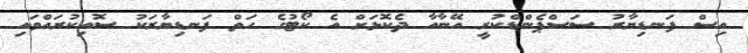
އިސް ފަނޑިޔާރު ސަސްޕެންޑްކުރީ އޭނާއާ ދެކޮޅަށް އެ ކޯޓުގެ ހަތް ފަނޑިޔާރަކު ސޮއިކުރައްވައި